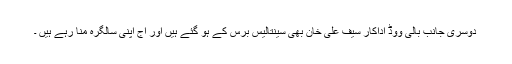
دوسری جانب بالی ووڈ اداکار سیف علی خان بھی سینتالیس برس کے ہو گئے ہیں اور آج اپنی سالگرہ منا رہے ہیں ۔